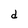
Character: d